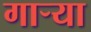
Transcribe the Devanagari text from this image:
गाऱ्या